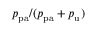
p _ { \mathrm { p a } } / ( p _ { \mathrm { p a } } + p _ { \mathrm { u } } )